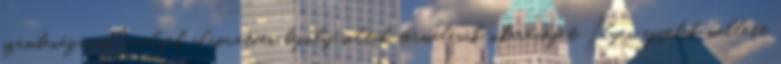
szembenézniük, amelyek alapvetően befolyásolták termelésük sikerességét. Ilyen egyebek mellett